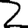
Digit: 2